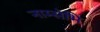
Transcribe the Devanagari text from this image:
नाम्सेभि